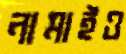
নামাইও